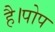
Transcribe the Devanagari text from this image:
है।पोप